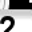
Digit: 2